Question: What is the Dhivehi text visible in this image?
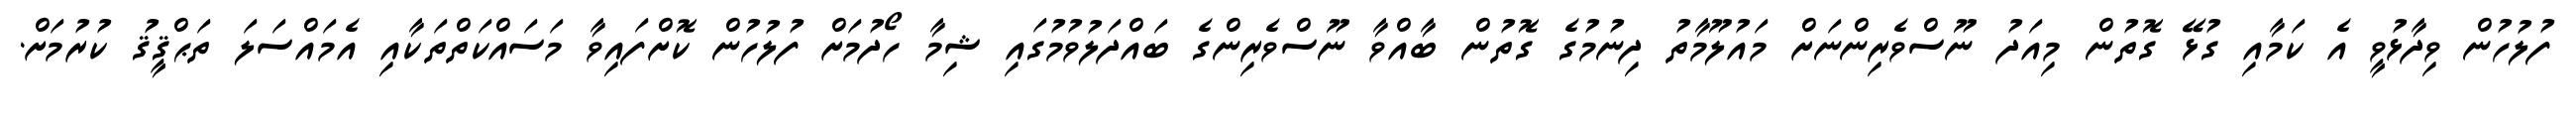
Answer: ފުލުހުން ވިދާޅުވީ އެ ކަމާއި ގުޅޭ ގޮތުން މިއަދު ނޫސްވެރިންނަށް މައުލޫމާތު ދިނުމުގެ ގޮތުން ބާއްވާ ނޫސްވެރިންގެ ބައްދަލުވުމުގައި ޝިމާ ހޯދުމަށް ފުލުހުން ކޮށްފައިވާ މަސައްކަތްތަކާއި އެމައްސަލަ ތަޙްޤީޤު ކުރުމަށް.